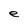
Character: e